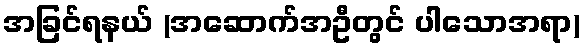
အခြင်ရနယ် (အဆောက်အဦတွင် ပါသောအရာ)